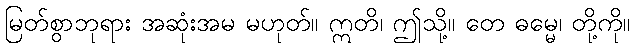
မြတ်စွာဘုရား အဆုံးအမ မဟုတ်။ ဣတိ၊ ဤသို့။ တေ ဓမ္မေ၊ တို့ကို။